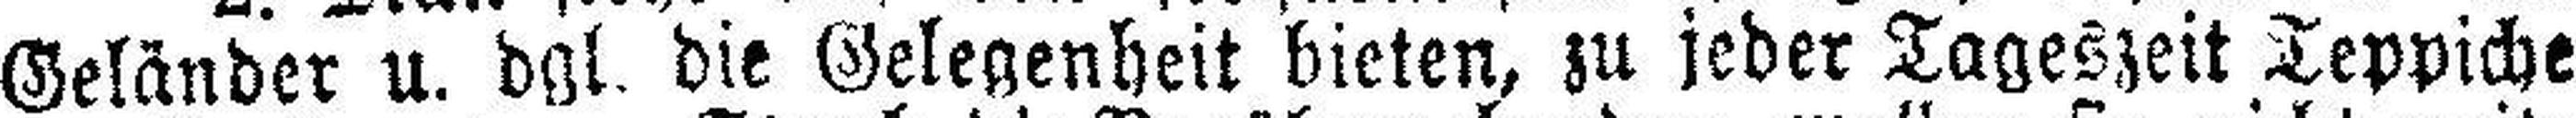
Geländer u. dgl. die Gelegenheit bieten, zu jeder Tageszeit Teppiche